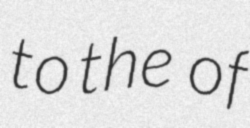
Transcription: to the  of